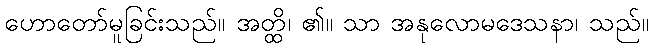
ဟောတော်မူခြင်းသည်။ အတ္ထိ၊ ၏။ သာ အနုလောမဒေသနာ၊ သည်။